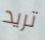
تريد